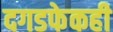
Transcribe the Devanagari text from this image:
दगडफेकही